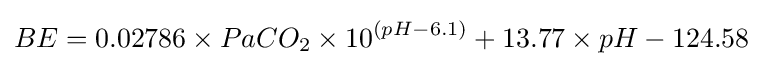
BE=0.02786\times PaCO_{2}\times 10^{(pH-6.1)}+13.77\times pH-124.58